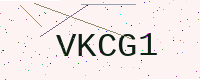
Text: VKCG1